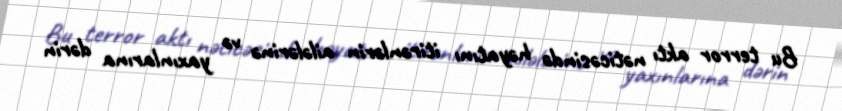
Bu terror aktı nəticəsində həyatını itirənlərin ailələrinə və yaxınlarına dərin